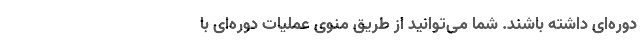
دوره‌ای داشته باشند. شما می‌توانید از طریق منوی عملیات دوره‌ای با